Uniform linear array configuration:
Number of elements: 64
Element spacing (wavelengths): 0.25
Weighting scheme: cosine
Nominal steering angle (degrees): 45
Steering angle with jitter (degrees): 45.97
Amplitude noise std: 0.05
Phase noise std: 0.05

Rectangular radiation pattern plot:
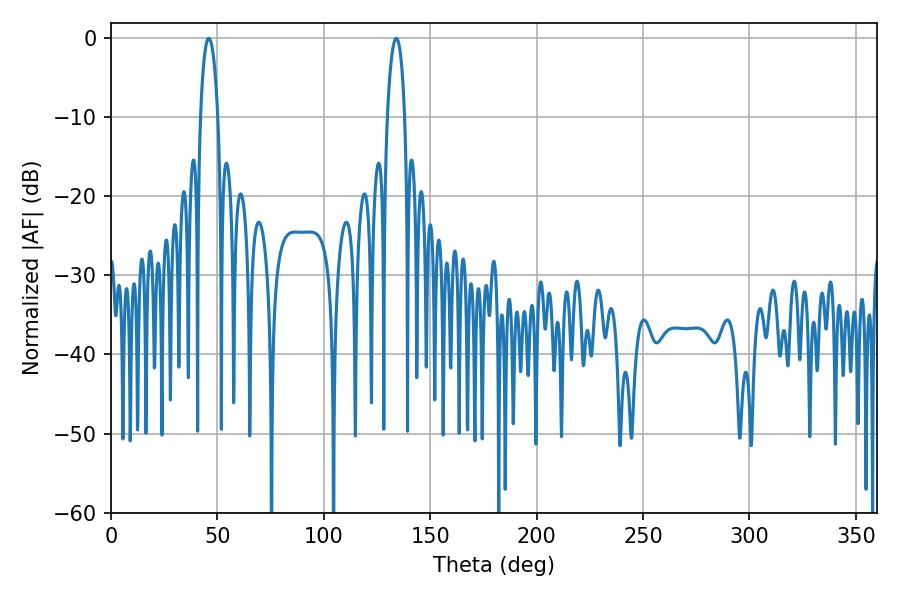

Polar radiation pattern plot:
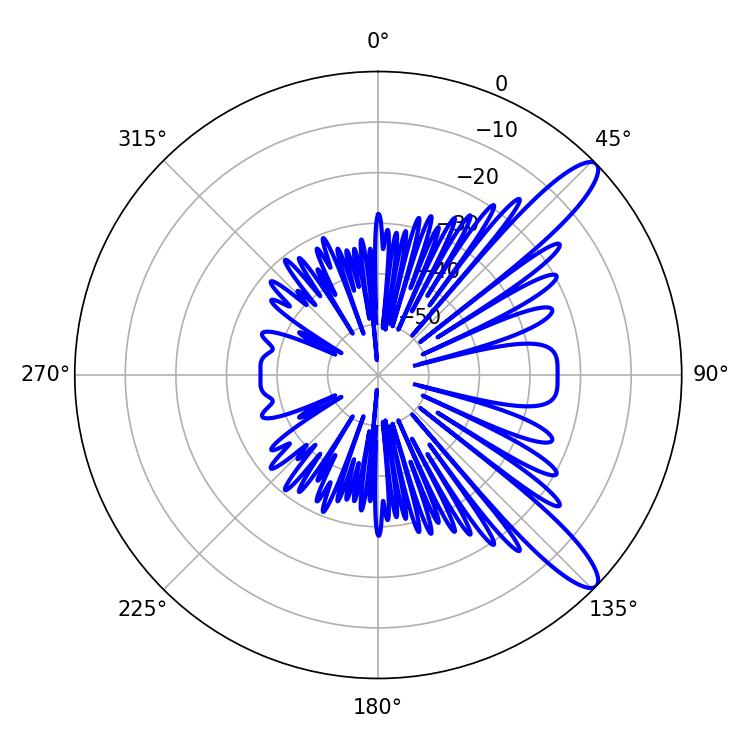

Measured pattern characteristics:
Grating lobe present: FALSE
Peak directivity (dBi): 11.847
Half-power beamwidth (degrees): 4.5
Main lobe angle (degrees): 45.9